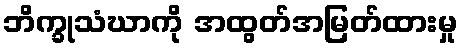
ဘိက္ခုသံဃာကို အထွတ်အမြတ်ထားမှု